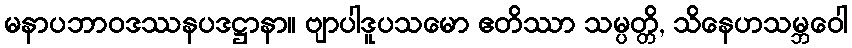
မနာပဘာဝဒဿနပဒဋ္ဌာနာ။ ဗျာပါဒူပသမော ဧတိဿာ သမ္ပတ္တိ, သိနေဟသမ္ဘဝေါ